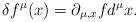
LaTeX: \begin{align*}\delta f^{\mu}(x)=\partial_{\mu,x}fd^{\mu}x. \end{align*}